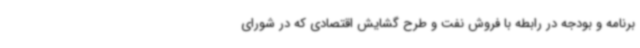
برنامه و بودجه در رابطه با فروش نفت و طرح گشایش اقتصادی که در شورای